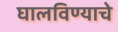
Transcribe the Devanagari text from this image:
घालविण्याचे